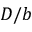
D / b